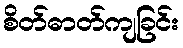
စိတ်ဓာတ်ကျခြင်း